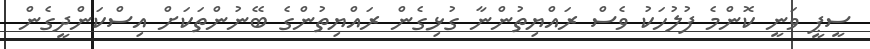
ސީޕީ ވަނީ ކޮންމެ ފުލުހަކު ވެސް ރައްޔިތުންނާ ގުޅިގެން ރައްޔިތުންގެ ބޭނުންތަކަށް އިސްކަންދީގެން